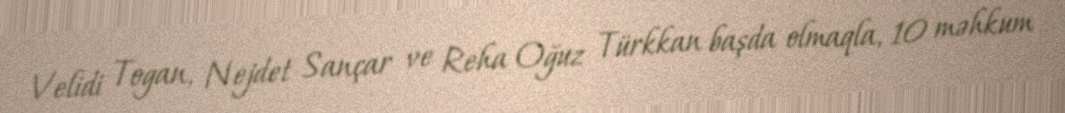
Velidi Togan, Nejdet Sançar ve Reha Oğuz Türkkan başda olmaqla, 10 məhkum